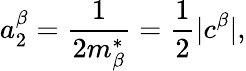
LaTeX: a_{2}^{\beta}=\frac 1{2m_{\beta}^{*}}=\frac 12|c^{\beta}|,